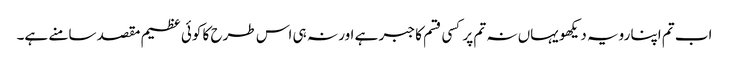
اب تم اپنا رویہ دیکھو یہاں نہ تم پر کسی قسم کا جبر ہے اور نہ ہی اس طرح کا کوئی عظیم مقصد سامنے ہے۔